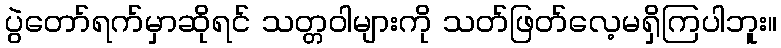
ပွဲတော်ရက်မှာဆိုရင် သတ္တဝါများကို သတ်ဖြတ်လေ့မရှိကြပါဘူး။